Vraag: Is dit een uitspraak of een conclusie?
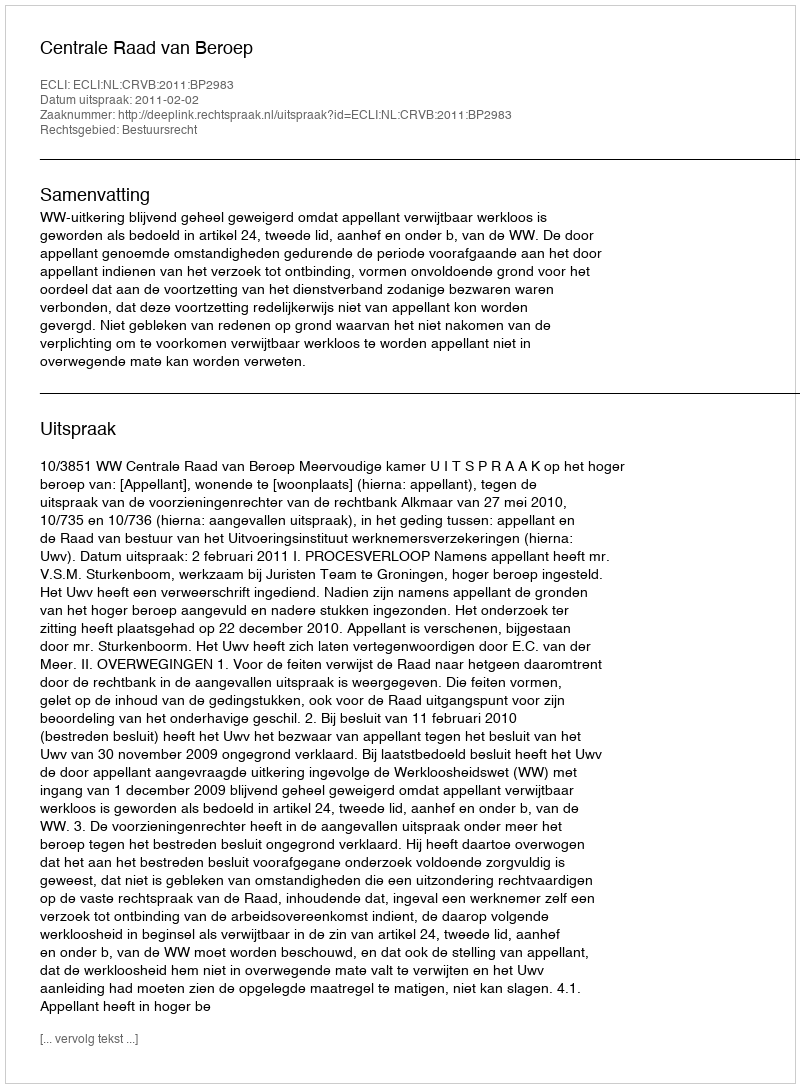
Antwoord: Uitspraak